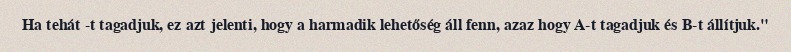
Ha tehát -t tagadjuk, ez azt jelenti, hogy a harmadik lehetőség áll fenn, azaz hogy A-t tagadjuk és B-t állítjuk."